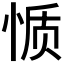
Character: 𰑬